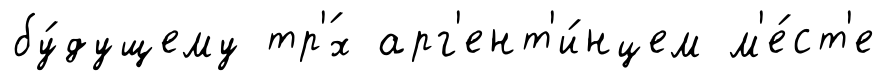
бу́дущему тр'́х арг'ент'и́нцем м'е́ст'е